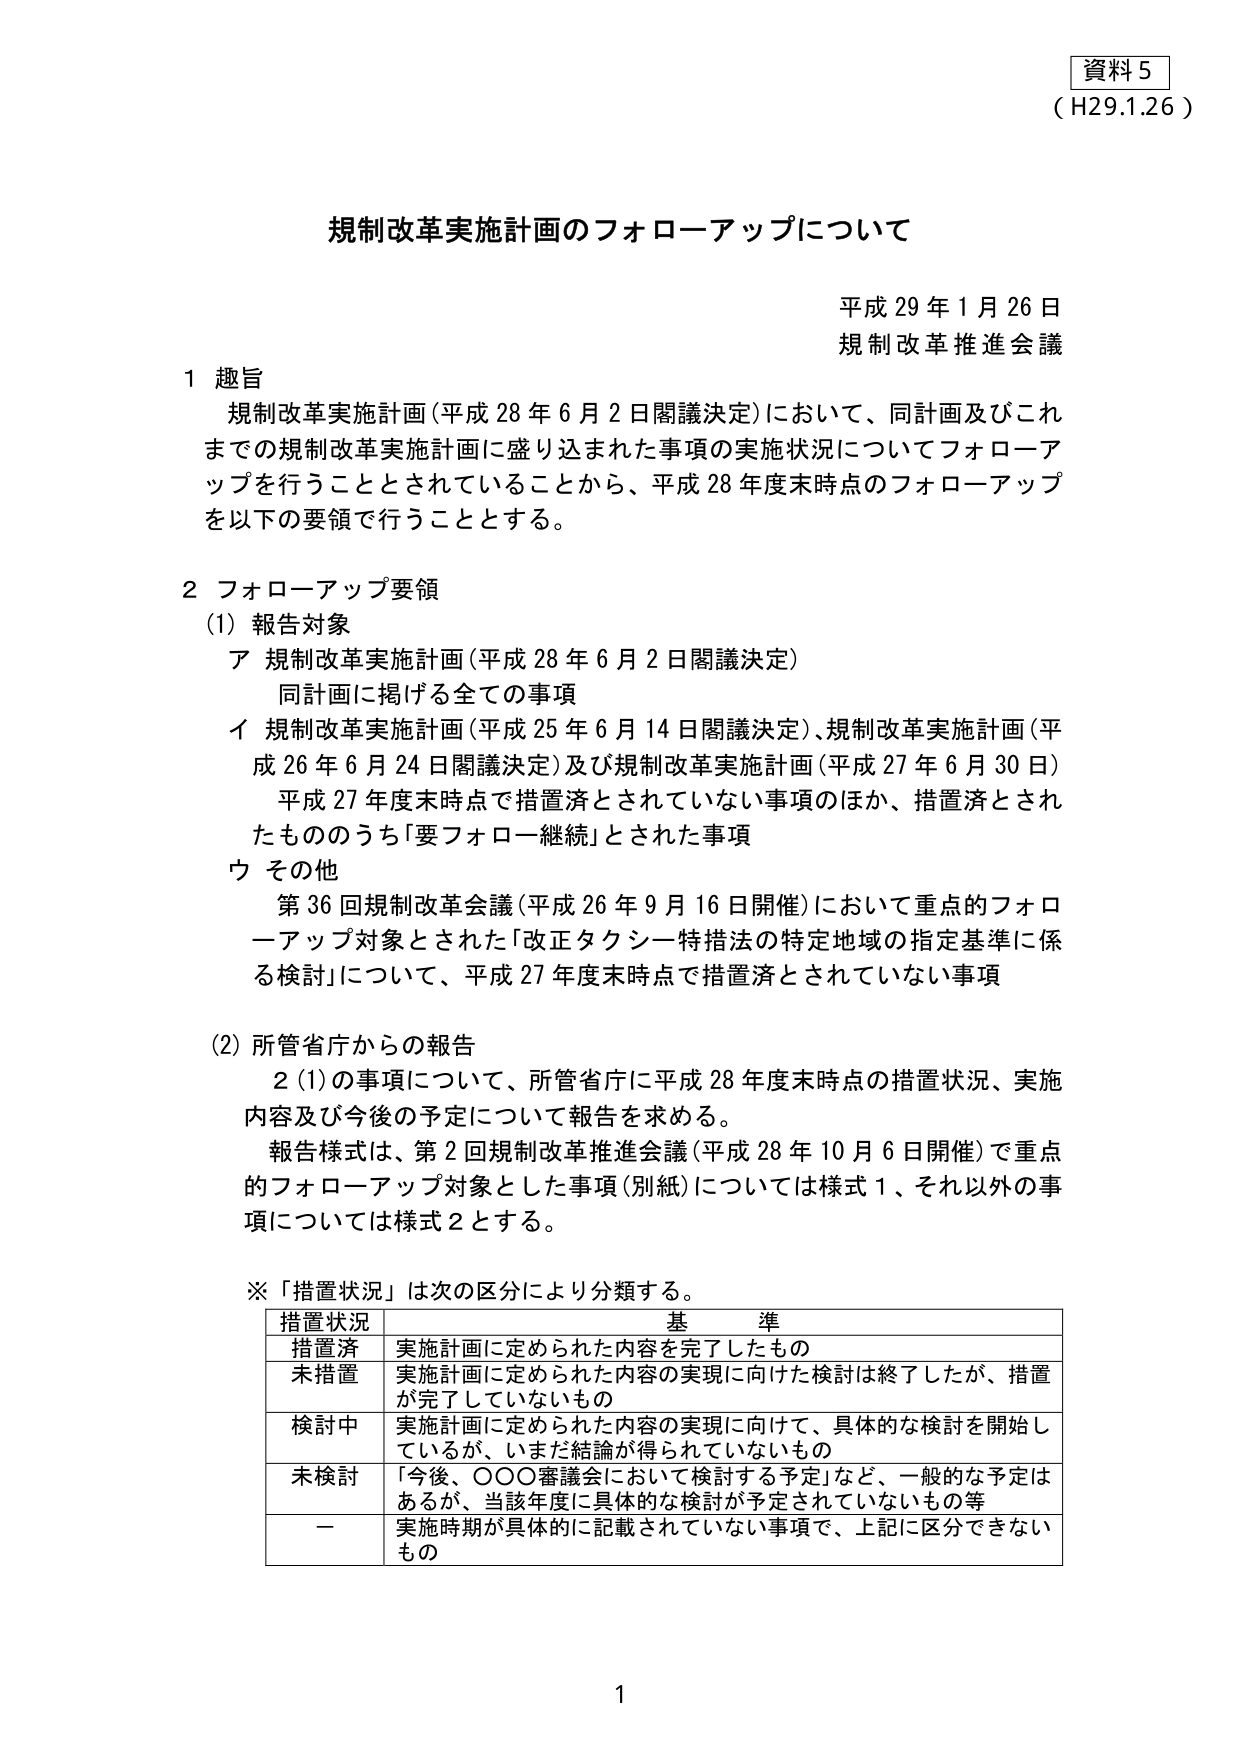
資料５
（H29.1.26）

規制改革実施計画のフォローアップについて

平成29年1月26日
規制改革推進会議

１ 趣旨
規制改革実施計画（平成28年6月2日閣議決定）において、同計画及びこれまでの規制改革実施計画に盛り込まれた事項の実施状況についてフォローアップを行うこととされていることから、平成28年度末時点のフォローアップを以下の要領で行うこととする。

２ フォローアップ要領
（1）報告対象
　ア 規制改革実施計画（平成28年6月2日閣議決定）
　　　同計画に掲げる全ての事項
　イ 規制改革実施計画（平成25年6月14日閣議決定）、規制改革実施計画（平成26年6月24日閣議決定）及び規制改革実施計画（平成27年6月30日）
　　　平成27年度末時点で措置済とされていない事項のほか、措置済とされたもののうち「要フォロー継続」とされた事項
　ウ その他
　　　第36回規制改革会議（平成26年9月16日開催）において重点的フォローアップ対象とされた「改正タクシー特措法の特定地域の指定基準に係る検討」について、平成27年度末時点で措置済とされていない事項

（2）所管省庁からの報告
　2（1）の事項について、所管省庁に平成28年度末時点の措置状況、実施内容及び今後の予定について報告を求める。
　報告様式は、第2回規制改革推進会議（平成28年10月6日開催）で重点的フォローアップ対象とした事項（別紙）については様式1、それ以外の事項については様式2とする。

※「措置状況」は次の区分により分類する。

| 措置状況 | 基準 |
|----------|------|
| 措置済 | 実施計画に定められた内容を完了したもの |
| 未措置 | 実施計画に定められた内容の実現に向けた検討は終了したが、措置が完了していないもの |
| 検討中 | 実施計画に定められた内容の実現に向けて、具体的な検討を開始しているが、いまだ結論が得られていないもの |
| 未検討 | 「今後、〇〇〇審議会において検討する予定」など、一般的な予定はあるが、当該年度に具体的な検討が予定されていないもの等 |
| ー | 実施時期が具体的に記載されていない事項で、上記に区分できないもの |

1